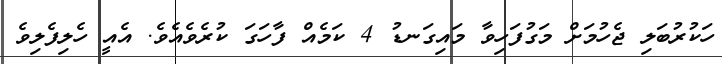
ހަކުރުބަލި ޖެހުމަށް މަގުފަހިވާ މައިގަނޑު 4 ކަމެއް ފާހަގަ ކުރެވެއެވެ. އެއީ ހެލިފެލިވެ